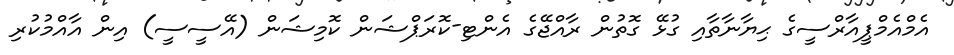
އެމްއެމްޕީއާރްސީގެ ޙިޔާނާތާއި ގުޅޭ ގޮތުން ރާއްޖޭގެ އެންޓި-ކޮރަޕްޝަން ކޮމިޝަން (އޭސީސީ) އިން އާއްމުކުރި